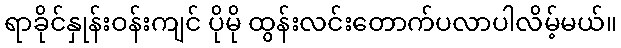
ရာခိုင်နှုန်းဝန်းကျင် ပိုမို ထွန်းလင်းတောက်ပလာပါလိမ့်မယ်။